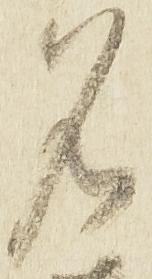
名